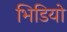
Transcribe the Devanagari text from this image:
भिडियो